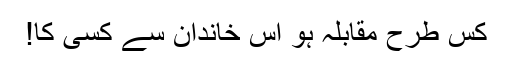
کس طرح مقابلہ ہو اُس خاندان سے کسی کا!